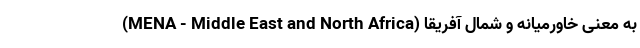
(MENA - Middle East and North Africa) به معنی خاورمیانه و شمال آفریقا